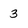
Character: 3